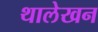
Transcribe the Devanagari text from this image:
थालेखन